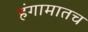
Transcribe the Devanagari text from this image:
हंगामातच